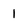
Character: 1